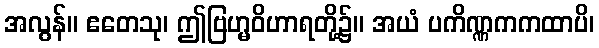
အလွန်။ ဧတေသု၊ ဤဗြဟ္မဝိဟာရတို့၌။ အယံ ပကိဏ္ဏကကထာပိ၊